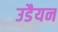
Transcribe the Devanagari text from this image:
उडैयन